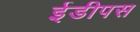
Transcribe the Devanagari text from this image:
ईडीपस